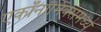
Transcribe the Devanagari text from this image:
एकॉनॉमिक्समध्ये